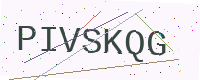
Text: PIVSKQG